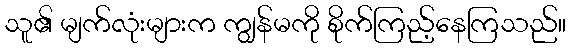
သူ၏ မျက်လုံးများက ကျွန်မကို စိုက်ကြည့်နေကြသည်။